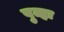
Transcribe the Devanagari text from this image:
पुन्हः